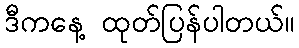
ဒီကနေ့ ထုတ်ပြန်ပါတယ်။